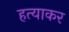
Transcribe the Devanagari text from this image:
हत्याकर